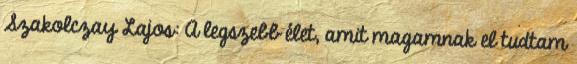
Szakolczay Lajos: A legszebb élet, amit magamnak el tudtam